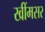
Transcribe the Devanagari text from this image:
खींमसर